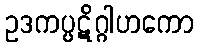
ဥဒကပ္ပဋိဂ္ဂါဟကော